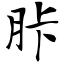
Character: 胩